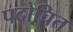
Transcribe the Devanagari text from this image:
पदोचित